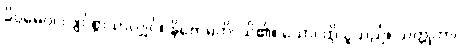
ခိပ္ပမေဝ၊ လျင်စွာသာလျှင်။ နိဗောဓတိ၊ သိ၏။ သော၊ ထိုသူသည်။ သတ္တုကာ၊